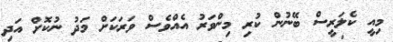
މިއީ ކެލަރީސް ބޭނުން ކުރި މިންވަރު އެއްވެސް ވަރަކަށް މަދު ނުކޮށް އަދި